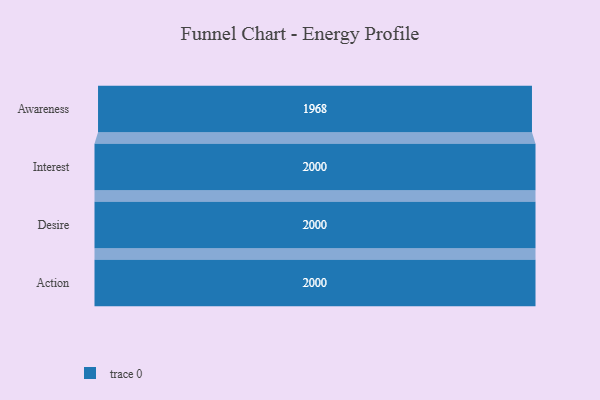
{"axis": {"x": "Stage", "y": "Value"}, "legend": [""], "data": [{"x": "Awareness", "y": 1968.0, "type": ""}, {"x": "Interest", "y": 2000, "type": ""}, {"x": "Desire", "y": 2000, "type": ""}, {"x": "Action", "y": 2000, "type": ""}]}